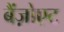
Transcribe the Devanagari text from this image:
बैंज़ोएट